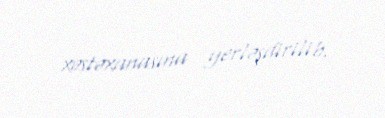
xəstəxanasına yerləşdirilib.